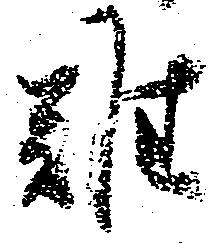
難